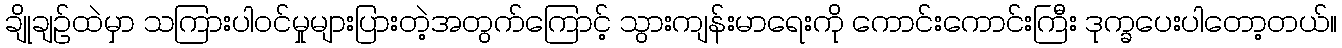
ချိုချဉ်ထဲမှာ သကြားပါဝင်မှုများပြားတဲ့အတွက်ကြောင့် သွားကျန်းမာရေးကို ကောင်းကောင်းကြီး ဒုက္ခပေးပါတော့တယ်။